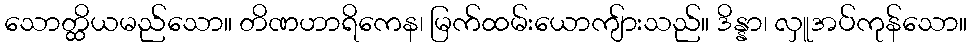
သောတ္ထိယမည်သော။ တိဏဟာရိကေန၊ မြက်ထမ်းယောကျ်ားသည်။ ဒိန္နာ၊ လှူအပ်ကုန်သော။